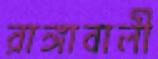
রাঙ্গাবালী